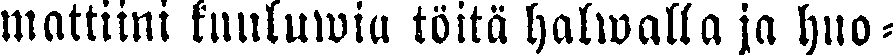
mattiini kuuluwia töitä halwalla ja huo-